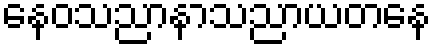
နေဝသညာနာသညာယတနေ